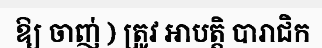
ឱ្យ ចាញ់ ) ត្រូវ អាបត្តិ បារាជិក